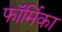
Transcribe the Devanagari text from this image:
फॉर्मिका